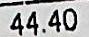
44.40